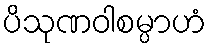
ပိသုဏဝါစမ္ပာဟံ